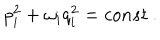
p _ { i } ^ { 2 } + \omega _ { i } q _ { i } ^ { 2 } = c o n s t ~ .